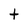
Character: t